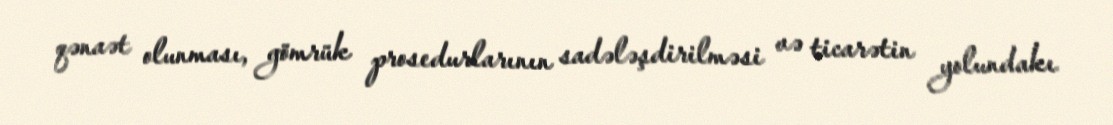
qənaət olunması, gömrük prosedurlarının sadələşdirilməsi və ticarətin yolundakı